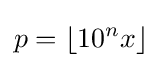
p=\lfloor 10^{n}x\rfloor